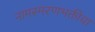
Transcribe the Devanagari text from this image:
नामस्मरणभक्तीचा